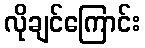
လိုချင်ကြောင်း